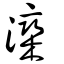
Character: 灤